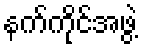
နက်ကိုင်အဖွဲ့